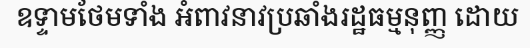
ឧទ្ទាមថែមទាំង អំពាវនាវប្រឆាំងរដ្ឋធម្មនុញ្ញ ដោយ